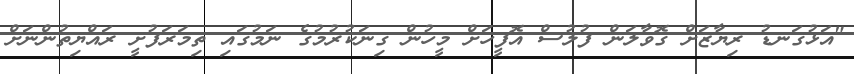
"އަޅުގަނޑު ރިޔާޒަށް ގޮވާލަން ފުލުސް އޮފީހަށް މީހުން ގިނަކުރުމުގެ ނަމުގައި ތިމަރަފުށީ ރައްޔިތުންނަށް